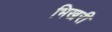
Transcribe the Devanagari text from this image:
भिखरी